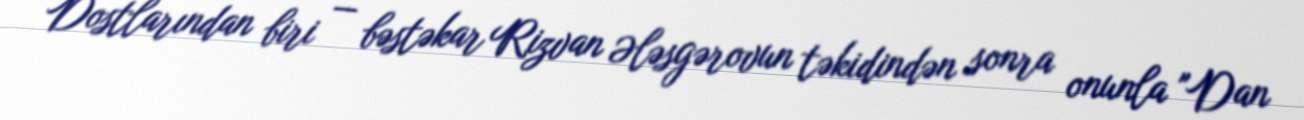
Dostlarından biri — bəstəkar Rizvan Ələsgərovun təkidindən sonra onunla "Dan